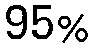
95%